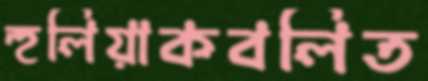
হুলিয়াকবলিত